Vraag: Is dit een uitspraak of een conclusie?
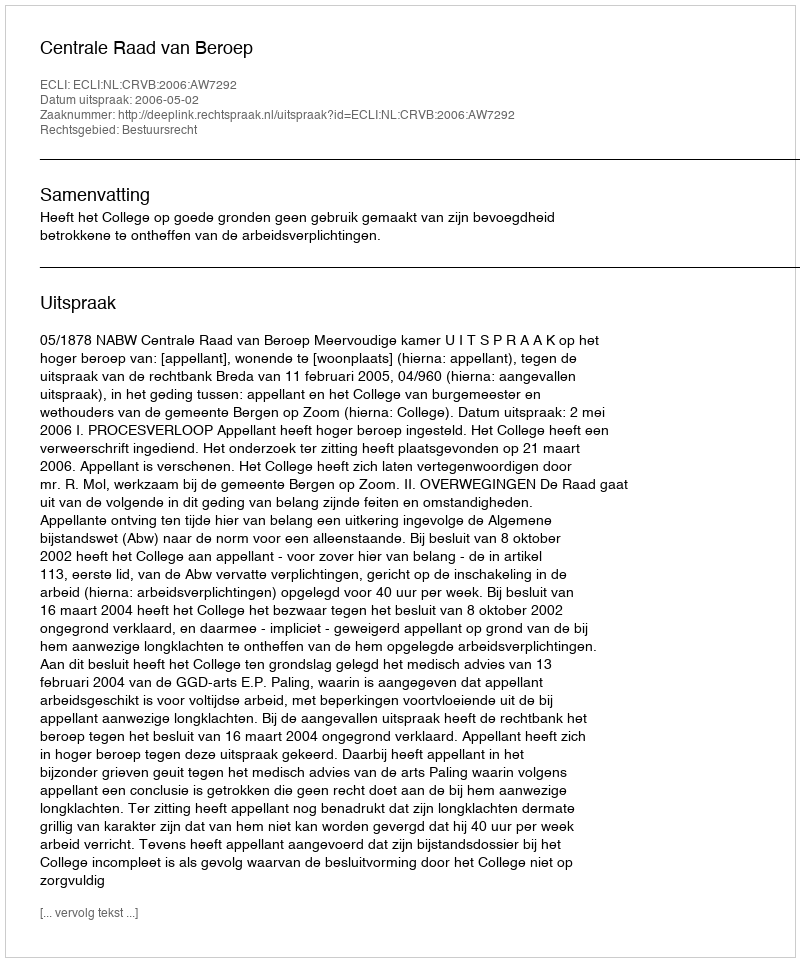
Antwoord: Uitspraak